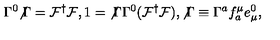
\Gamma ^ { 0 } { \not \Gamma } = { \cal F } ^ { \dag } { \cal F } , 1 = { \not \Gamma } \Gamma ^ { 0 } ( { \cal F } ^ { \dag } { \cal F } ) , { \not \Gamma } \equiv \Gamma ^ { a } f _ { a } ^ { \mu } e _ { \mu } ^ { 0 } ,